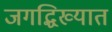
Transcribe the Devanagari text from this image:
जगद्धिख्यात